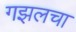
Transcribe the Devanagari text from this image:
गझलचा